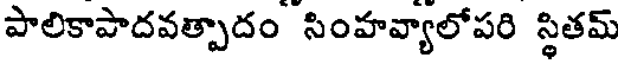
పాలికాపాదవత్పాదం సింహవ్యాలోపరి స్థితమ్